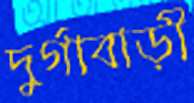
দুর্গাবাড়ী